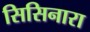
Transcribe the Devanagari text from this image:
सिसिनारा